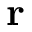
\mathbf { r }